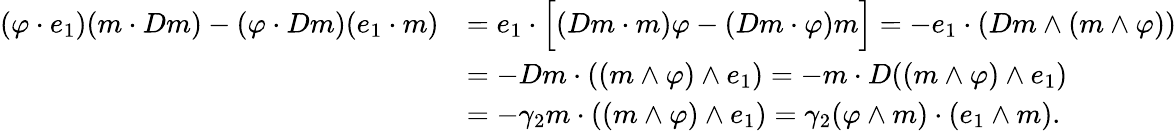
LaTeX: \begin{array}{rl}{(\varphi\cdot e_{1})(m\cdot Dm)-(\varphi\cdot Dm)(e_{1}\cdot m)}&{=e_{1}\cdot\Bigl[(Dm\cdot m)\varphi-(Dm\cdot\varphi)m\Bigr]=-e_{1}\cdot(Dm\wedge(m\wedge\varphi))}\\ &{=-Dm\cdot((m\wedge\varphi)\wedge e_{1})=-m\cdot D((m\wedge\varphi)\wedge e_{1})}\\ &{=-\gamma_{2}m\cdot((m\wedge\varphi)\wedge e_{1})=\gamma_{2}(\varphi\wedge m)\cdot(e_{1}\wedge m).}\end{array}